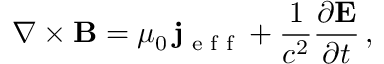
\nabla \times { \bf B } = \mu _ { 0 } \, { \bf j } _ { \textrm { e f f } } + \frac { 1 } { c ^ { 2 } } \frac { \partial { \bf E } } { \partial t } \, ,